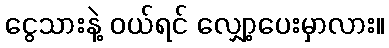
ငွေသားနဲ့ ဝယ်ရင် လျှော့ပေးမှာလား။